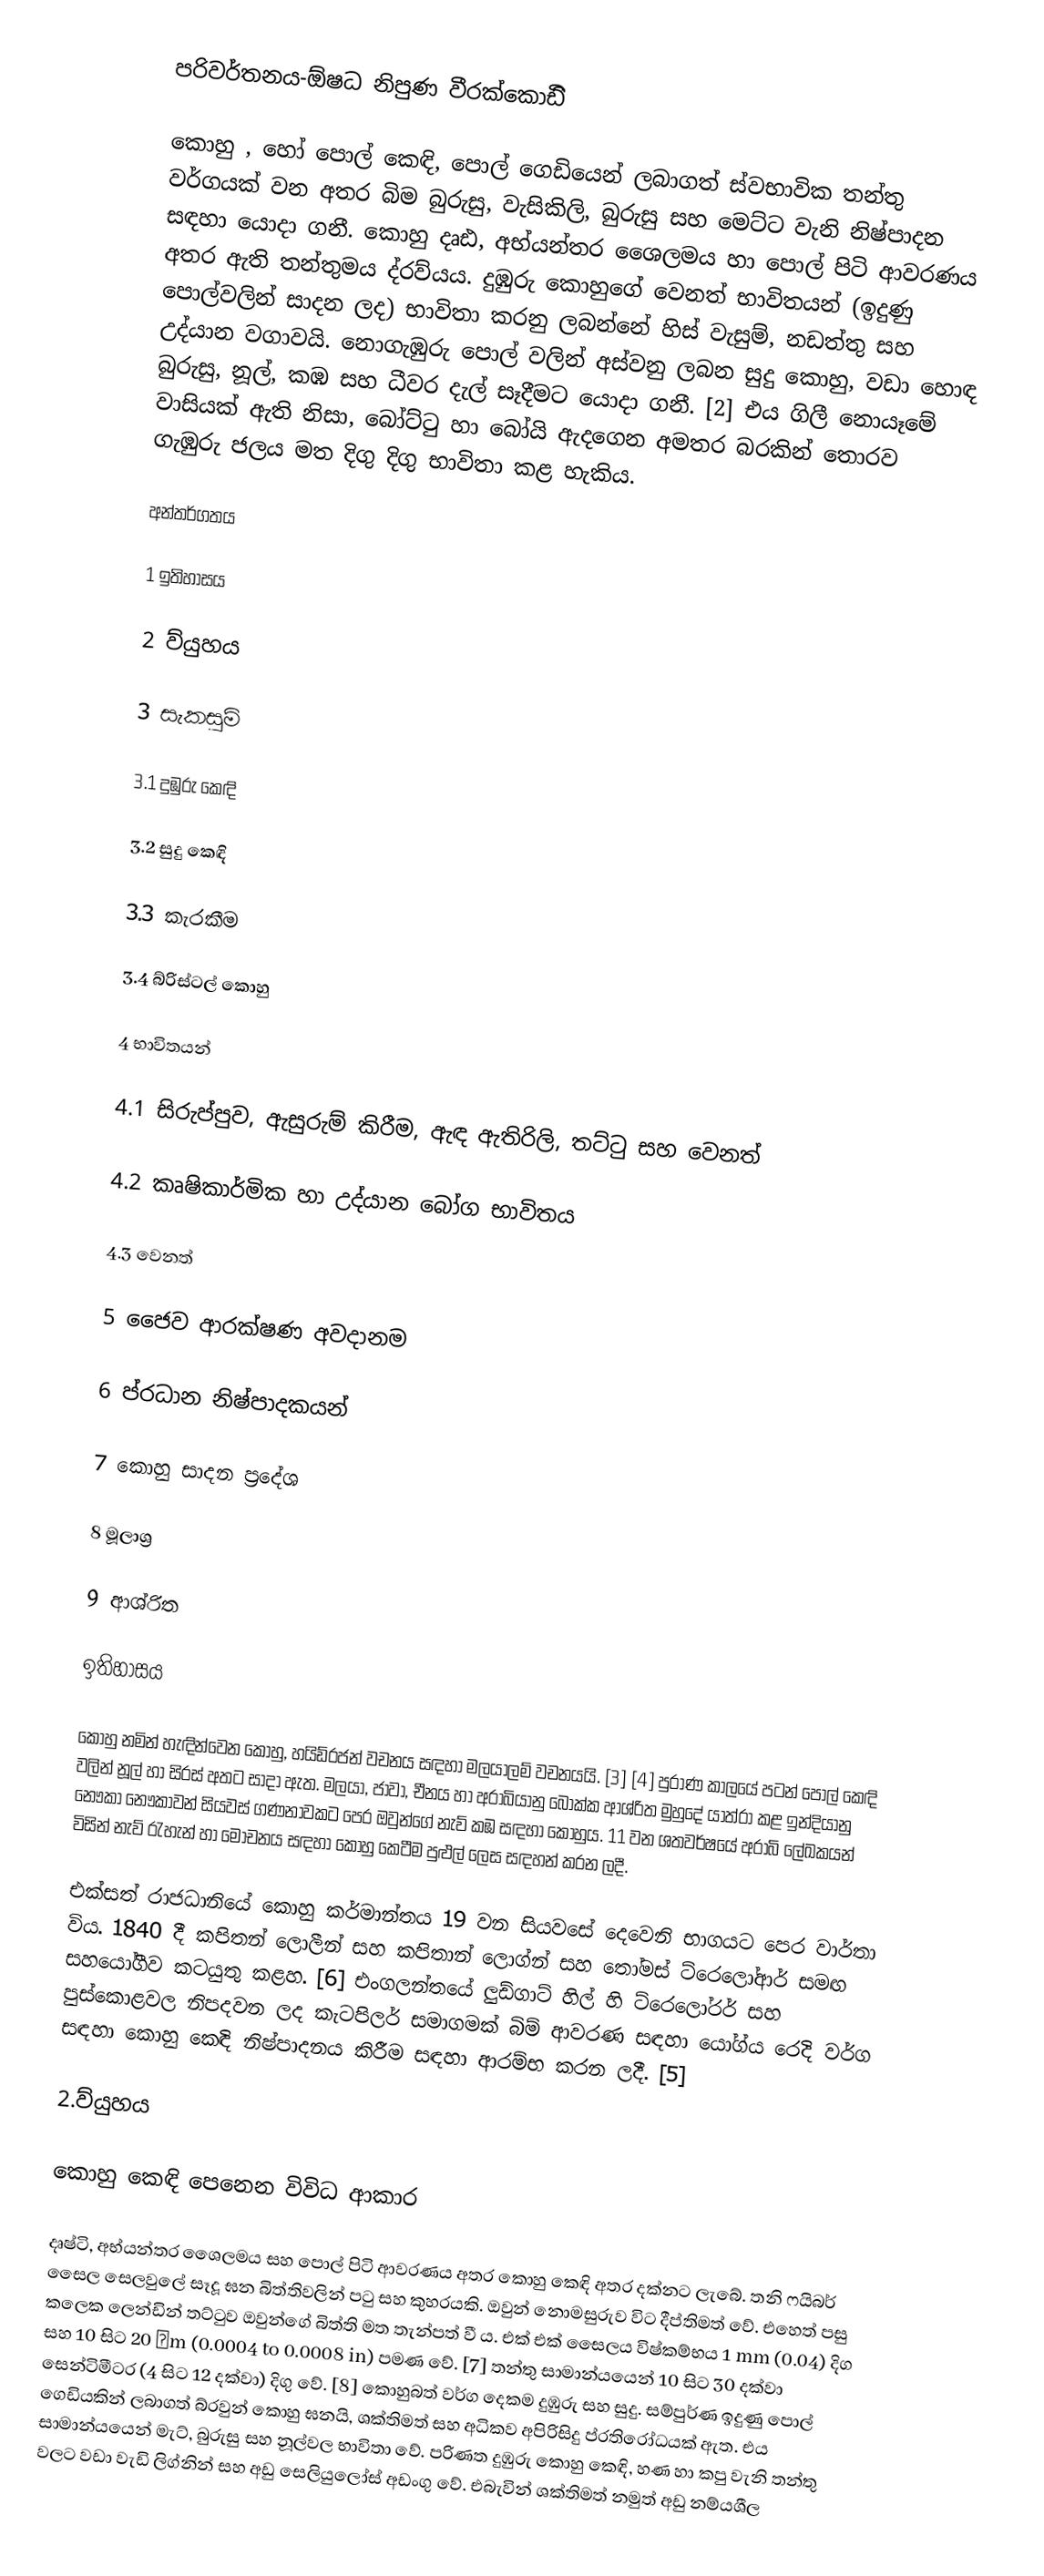
පරිවර්තනය-ඕෂධ නිපුණ වීරක්කොඩිි

කොහු , හෝ පොල් කෙඳි, පොල් ගෙඩියෙන් ලබාගත් ස්වභාවික තන්තු වර්ගයක් වන අතර බිම බුරුසු, වැසිකිලි, බුරුසු සහ මෙට්ට වැනි නිෂ්පාදන සඳහා යොදා ගනී. කොහු දෘඪ, අභ්යන්තර ශෛලමය හා පොල් පිටි ආවරණය අතර ඇති තන්තුමය ද්රව්යය. දුඹුරු කොහුගේ වෙනත් භාවිතයන් (ඉදුණු පොල්වලින් සාදන ලද) භාවිතා කරනු ලබන්නේ හිස් වැසුම්, නඩත්තු සහ උද්යාන වගාවයි. නොගැඹුරු පොල් වලින් අස්වනු ලබන සුදු කොහු, වඩා හොඳ බුරුසු, නූල්, කඹ සහ ධීවර දැල් සෑදීමට යොදා ගනී. [2] එය ගිලී නොයෑමේ වාසියක් ඇති නිසා, බෝට්ටු හා බෝයි ඇදගෙන අමතර බරකින් තොරව ගැඹුරු ජලය මත දිගු දිගු භාවිතා කළ හැකිය.

අන්තර්ගතය

   1 ඉතිහාසය

  2 ව්යුහය

        3 සැකසුම්

       3.1 දුඹුරු කෙඳි

       3.2 සුදු කෙඳි

       3.3 කැරකීම

       3.4 බ්රිස්ටල් කොහු

   4 භාවිතයන්

       4.1 සිරුප්පුව, ඇසුරුම් කිරීම, ඇඳ ඇතිරිලි, තට්ටු සහ වෙනත්

      4.2 කෘෂිකාර්මික හා උද්යාන බෝග භාවිතය

       4.3  වෙනත්

5   ජෛව ආරක්ෂණ අවදානම

     6     ප්රධාන නිෂ්පාදකයන්

7 කොහු සාදන ප්‍රදේශ

   8 මූලාශ්‍ර

    9 ආශ්රිත

 ඉතිහාසය

කොහු නමින් හැඳින්වෙන කොහු, හයිඩ්රජන් වචනය සඳහා මලයාලම් වචනයයි. [3] [4] පුරාණ කාලයේ පටන් පොල් කෙඳි වලින් නූල් හා සිරස් අතට සාදා ඇත. මලයා, ජාවා, චීනය හා අරාබියානු බොක්ක ආශ්රිත මුහුදේ යාත්රා කළ ඉන්දියානු නෞකා නෞකාවන් සියවස් ගණනාවකට පෙර ඔවුන්ගේ නැව් කඹ සඳහා කොහුය. 11 වන ශතවර්ෂයේ අරාබි ලේඛකයන් විසින් නැව් රැහැන් හා මෝචනය සඳහා කොහු කෙටීම පුළුල් ලෙස සඳහන් කරන ලදී.

එක්සත් රාජධානියේ කොහු කර්මාන්තය 19 වන සියවසේ දෙවෙනි භාගයට පෙර වාර්තා විය. 1840 දී කපිතන් ලොලීන් සහ කපිතාන් ලොග්න් සහ තෝමස් ට්රෙලෝආර් සමඟ සහයෝගීව කටයුතු කළහ. [6] එංගලන්තයේ ලුඩ්ගාට් හිල් හි ට්රෙලෝරර් සහ පුස්කොළවල නිපදවන ලද කැටපිලර් සමාගමක් බිම් ආවරණ සඳහා යෝග්ය රෙදි වර්ග සඳහා කොහු කෙඳි නිෂ්පාදනය කිරීම සඳහා ආරම්භ කරන ලදී. [5]

2.ව්යුහය

කොහු කෙඳි පෙනෙන විවිධ ආකාර

දෘෂ්ටි, අභ්යන්තර ශෛලමය සහ පොල් පිටි ආවරණය අතර කොහු කෙඳි අතර දක්නට ලැබේ. තනි ෆයිබර් සෛල සෙලවුලේ සෑදූ ඝන බිත්තිවලින් පටු සහ කුහරයකි. ඔවුන් නොමසුරුව විට දීප්තිමත් වේ. එහෙත් පසු කලෙක ලෙන්ඩින් තට්ටුව ඔවුන්ගේ බිත්ති මත තැන්පත් වී ය. එක් එක් සෛලය විෂ්කම්භය 1 mm (0.04) දිග සහ 10 සිට 20 μm (0.0004 to 0.0008 in) පමණ වේ. [7] තන්තු සාමාන්යයෙන් 10 සිට 30 දක්වා සෙන්ටිමීටර (4 සිට 12 දක්වා) දිගු වේ. [8] කොහුබත් වර්ග දෙකම දුඹුරු සහ සුදු. සම්පුර්ණ ඉදුණු පොල් ගෙඩියකින් ලබාගත් බ්රවුන් කොහු ඝනයි, ශක්තිමත් සහ අධිකව අපිරිසිදු ප්රතිරෝධයක් ඇත. එය සාමාන්යයෙන් මැට්, බුරුසු සහ නූල්වල භාවිතා වේ. පරිණත දුඹුරු කොහු කෙඳි, හණ හා කපු වැනි තන්තු වලට වඩා වැඩි ලිග්නින් සහ අඩු සෙලියුලෝස් අඩංගු වේ. එබැවින් ශක්තිමත් නමුත් අඩු නම්යශීල